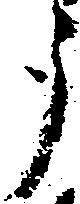
う